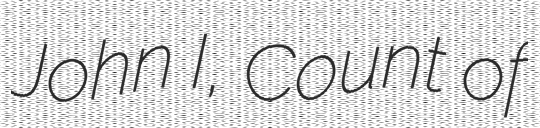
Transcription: John I, Count of